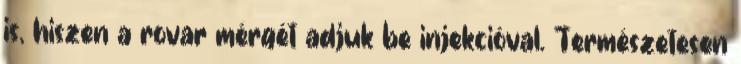
is, hiszen a rovar mérgét adjuk be injekcióval. Természetesen